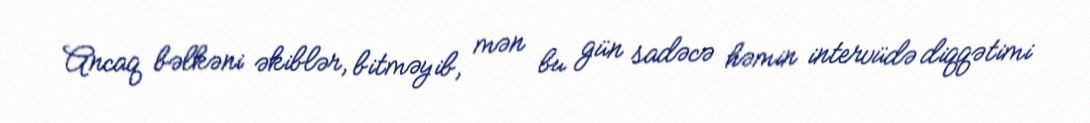
Ancaq bəlkəni əkiblər, bitməyib, mən bu gün sadəcə həmin intervüdə diqqətimi